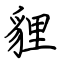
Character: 貍